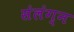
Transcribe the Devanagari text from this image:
संलंग्न